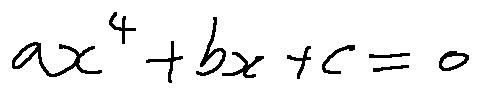
a x ^ { 4 } + b x + c = 0